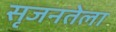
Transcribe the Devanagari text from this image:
सृजनतेला